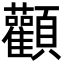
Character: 顴